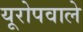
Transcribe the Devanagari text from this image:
यूरोपवाले